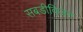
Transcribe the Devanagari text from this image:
सबडीविजन